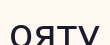
ояту